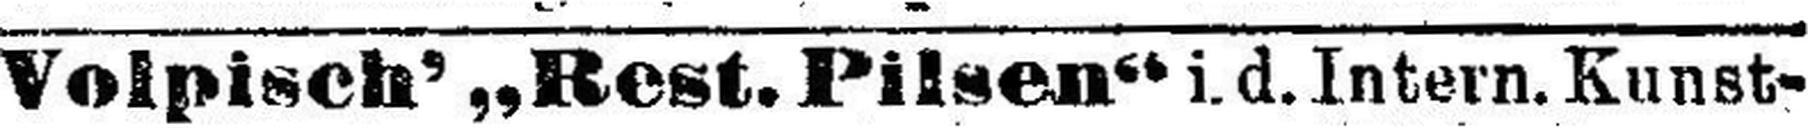
Volpisch' „Rest. Pilsen“ i.d. Intern. Kunst¬